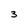
Character: 3